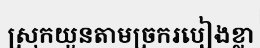
ស្រុកយួនតាមច្រករបៀងខ្លា